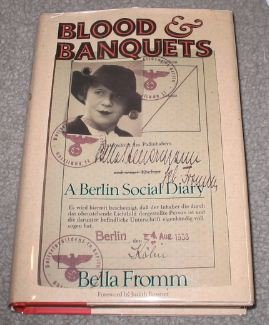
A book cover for Blood and Banquets: A Berlin Social Diary; Bella Fromm; Biographies & Memoirs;